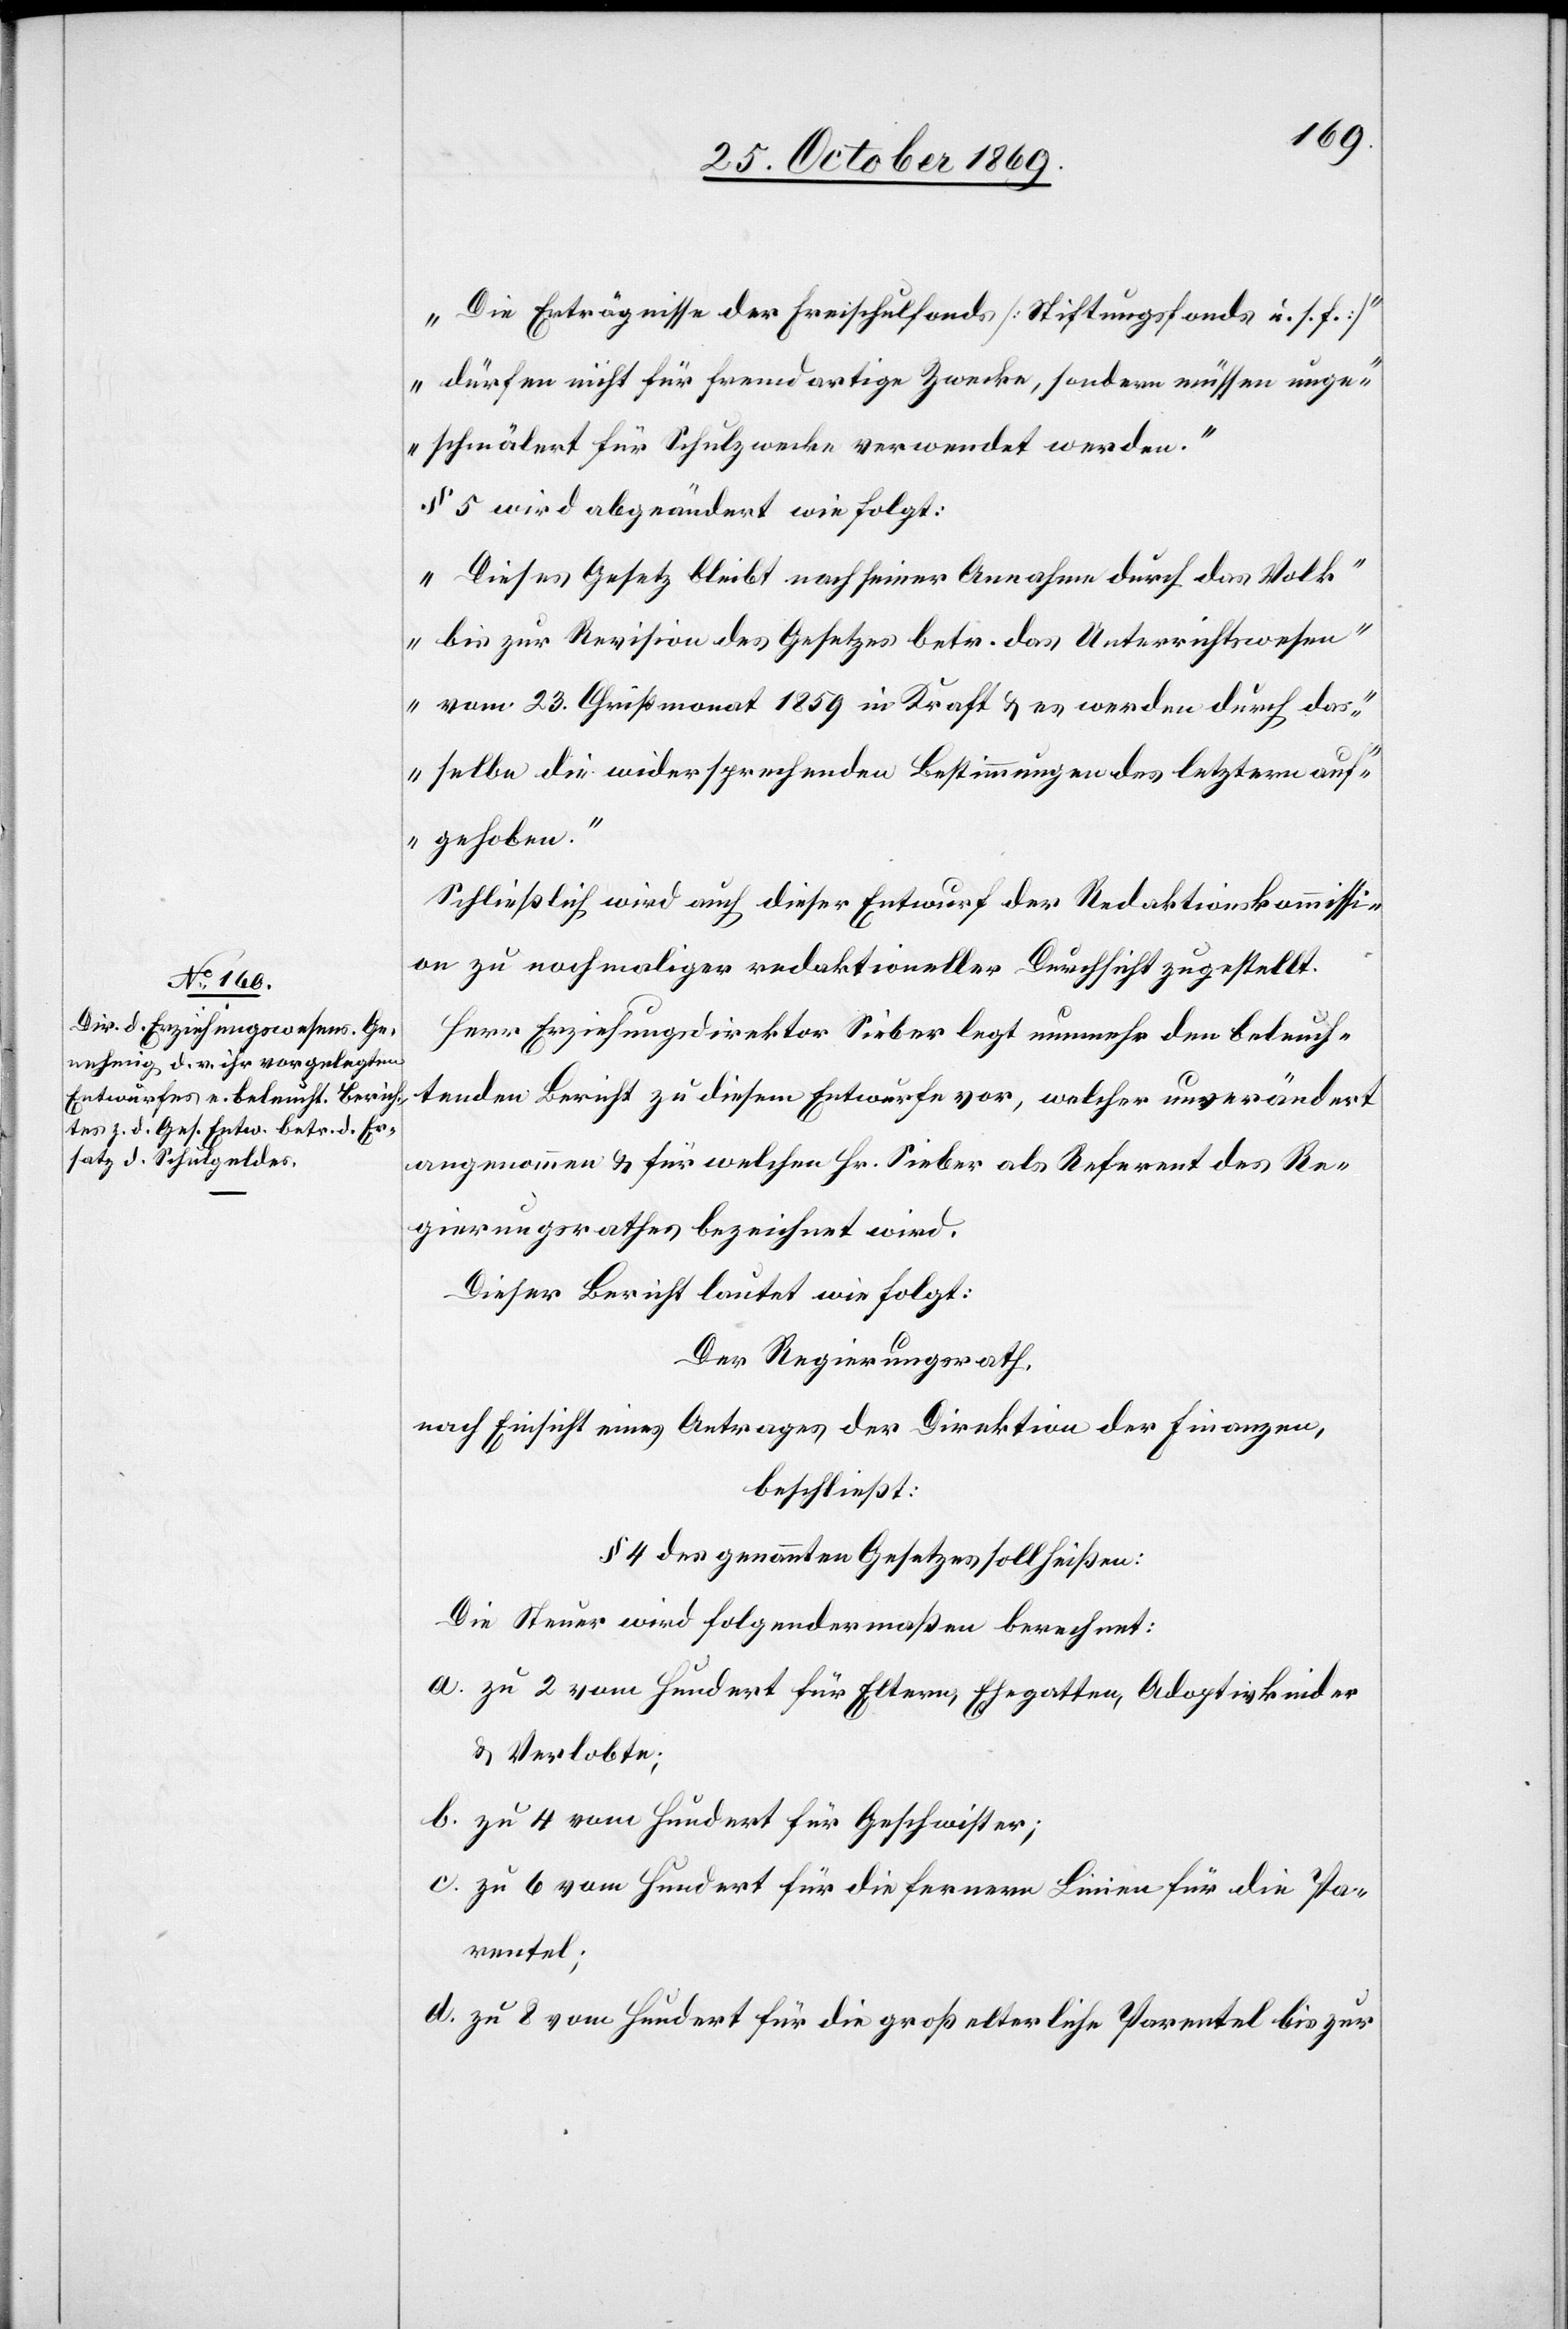
„Die Erträgnisse der Freischulfonds [Stiftungsfonds u. s. f.]
dürfen nicht für fremdartige Zwecke, sondern müssen unge¬
schmälert für Schulzwecke verwendet werden.“
§ 5 wird abgeändert wie folgt:
„Dieses Gesetz bleibt nach seiner Annahme durch das Volk
bis zur Revision des Gesetzes betr. das Unterrichtswesen
vom 23. Christmonat 1859 in Kraft & es werden durch das¬
selbe die widersprechenden Bestimmungen des letztern auf¬
gehoben.“
Schließlich wird auch dieser Entwurf der Redaktionskommissi¬
on zu nochmaliger redaktioneller Durchsicht zugestellt.
Herr Erziehungsdirektor Sieber legt nunmehr den beleuch¬
tenden Bericht zu diesem Entwurfe vor, welcher unverändert
angenommen & für welchen Hr. Sieber als Referent des Re¬
gierungsrathes bezeichnet wird.
Dieser Bericht lautet wie folgt:
Der Regierungsrath,
nach Einsicht eines Antrages der Direktion der Finanzen,
beschließt:
§ 4 des genannten Gesetzes soll heißen:
Die Steuer wird folgendermaßen berechnet:
zu 2 vom Hundert für Eltern, Ehegatten, Adoptivkinder
& Verlobte;
zu 4 vom Hundert für Geschwister;
zu 6 vom Hundert für die fernern Linien für die Pa¬
rentel;
zu 8 vom Hundert für die großelterliche Parentel bis zur